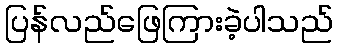
ပြန်လည်ဖြေကြားခဲ့ပါသည်